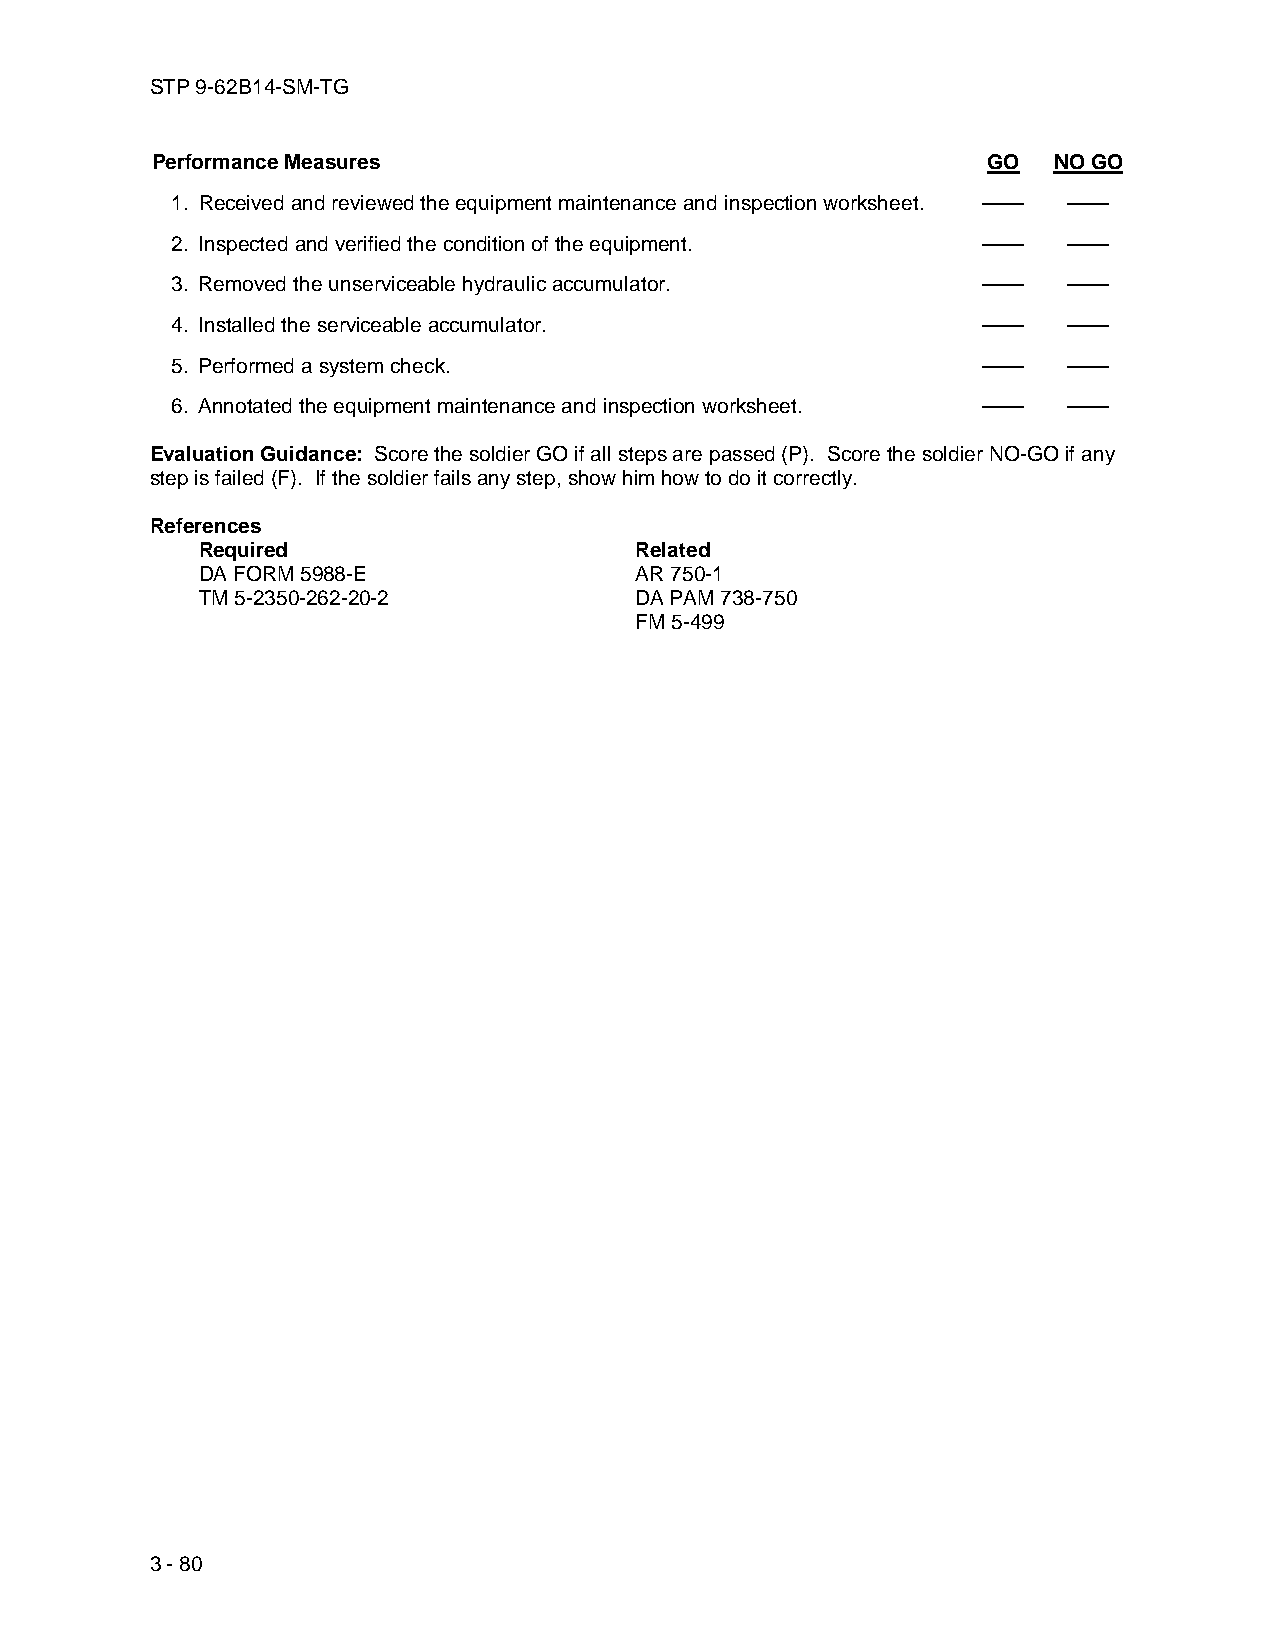
STP 9-62B14-SM-TG
 Performance Measures                                   GO   NO GO
 1. Received and reviewed the equipment maintenance and inspection worksheet. —— ——
 2. Inspected and verified the condition of the equipment. —— ——
 3. Removed the unserviceable hydraulic accumulator.   ——    ——
 4. Installed the serviceable accumulator.             ——    ——
 5. Performed a system check.                          ——    ——
 6. Annotated the equipment maintenance and inspection worksheet. —— ——
 Evaluation Guidance: Score the soldier GO if all steps are passed (P). Score the soldier NO-GO if any
 step is failed (F). If the soldier fails any step, show him how to do it correctly.
 References
 Required                     Related
 DA FORM 5988-E               AR 750-1
 TM 5-2350-262-20-2           DA PAM 738-750
 FM 5-499
 3 - 80